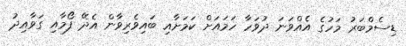
ޑިސެމްބަރު މަހުގެ އެއްވަނަ ދުވަހާ ހަމައަށް ކަމަށާއި ބައިވެރިވާން އެދޭ ފޯމާއި ގަވާއިދު